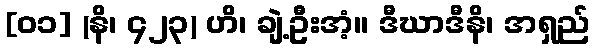
[၀၁] (နိ၊ ၄၂၃) ဟိ၊ ချဲ့ဦးအံ့။ ဒီဃာဒီနိ၊ အရှည်